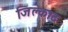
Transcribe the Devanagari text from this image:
जिल्काद